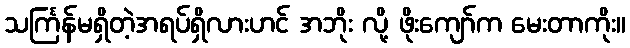
သင်္ကြန်မရှိတဲ့အရပ်ရှိလားဟင် အဘိုး လို့ ဖိုးကျော်က မေးတာကိုး။